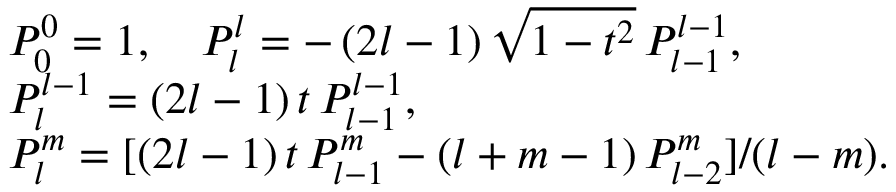
\begin{array} { r l } & { P _ { 0 } ^ { 0 } = 1 , \quad P _ { l } ^ { l } = - \, ( 2 l - 1 ) \, \sqrt { 1 - t ^ { 2 } } \, P _ { l - 1 } ^ { l - 1 } , } \\ & { P _ { l } ^ { l - 1 } = ( 2 l - 1 ) \, t \, P _ { l - 1 } ^ { l - 1 } , } \\ & { P _ { l } ^ { m } = [ ( 2 l - 1 ) \, t \, P _ { l - 1 } ^ { m } - ( l + m - 1 ) \, P _ { l - 2 } ^ { m } ] / ( l - m ) . } \end{array}